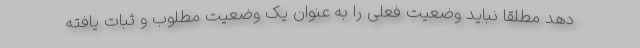
دهد مطلقا نباید وضعیت فعلی را به عنوان یک وضعیت مطلوب و ثبات یافته